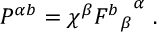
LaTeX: P ^ { \alpha b } = \chi ^ { \beta } { { F ^ { b } } _ { \beta } } ^ { \alpha } \ .